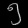
Digit: ၅